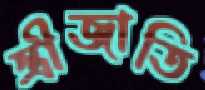
স্ত্রীজাতি